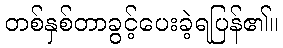
တစ်နှစ်တာခွင့်ပေးခဲ့ရပြန်၏။